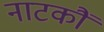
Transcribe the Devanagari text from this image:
नाटकौं